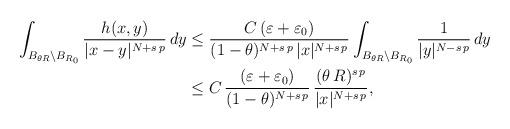
LaTeX: \begin{align*}\int_{B_{\theta R}\setminus B_{R_0}}\frac{h(x, y)}{|x-y|^{N+s\,p}}\, dy&\leq \frac{C\,(\varepsilon+\varepsilon_0)}{(1-\theta)^{N+s\,p}\,|x|^{N+s\,p}}\int_{B_{\theta R}\setminus B_{ R_0}}\frac{1}{|y|^{N-s\,p}}\, dy\\&\leq C\,\frac{(\varepsilon+\varepsilon_0)}{(1-\theta)^{N+s\,p}}\,\frac{(\theta\,R)^{s\,p}}{|x|^{N+s\,p}},\end{align*}